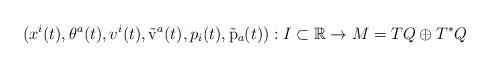
LaTeX: \begin{align*}(x^i(t),\theta^a(t), v^i(t), \tilde{\rm v}^a(t), p_i(t),\tilde{\rm p}_a(t)):I\subset \mathbb{R}\to M=TQ\oplus T^*Q\end{align*}